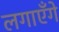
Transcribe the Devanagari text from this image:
लगाएँगे